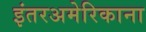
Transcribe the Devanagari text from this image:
इंतरअमेरिकाना